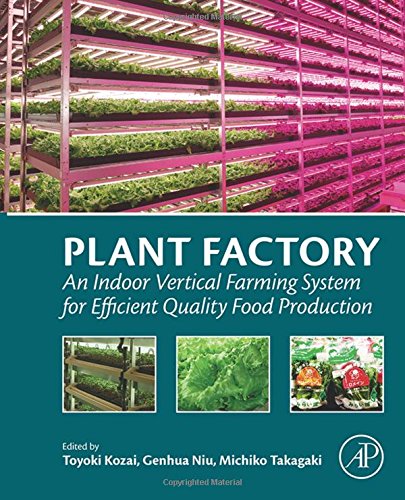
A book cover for Plant Factory: An Indoor Vertical Farming System for Efficient Quality Food Production; Science & Math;